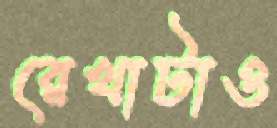
রেখাটাও